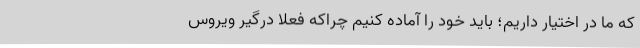
که ما در اختیار داریم؛ باید خود را آماده کنیم چراکه فعلا درگیر ویروس